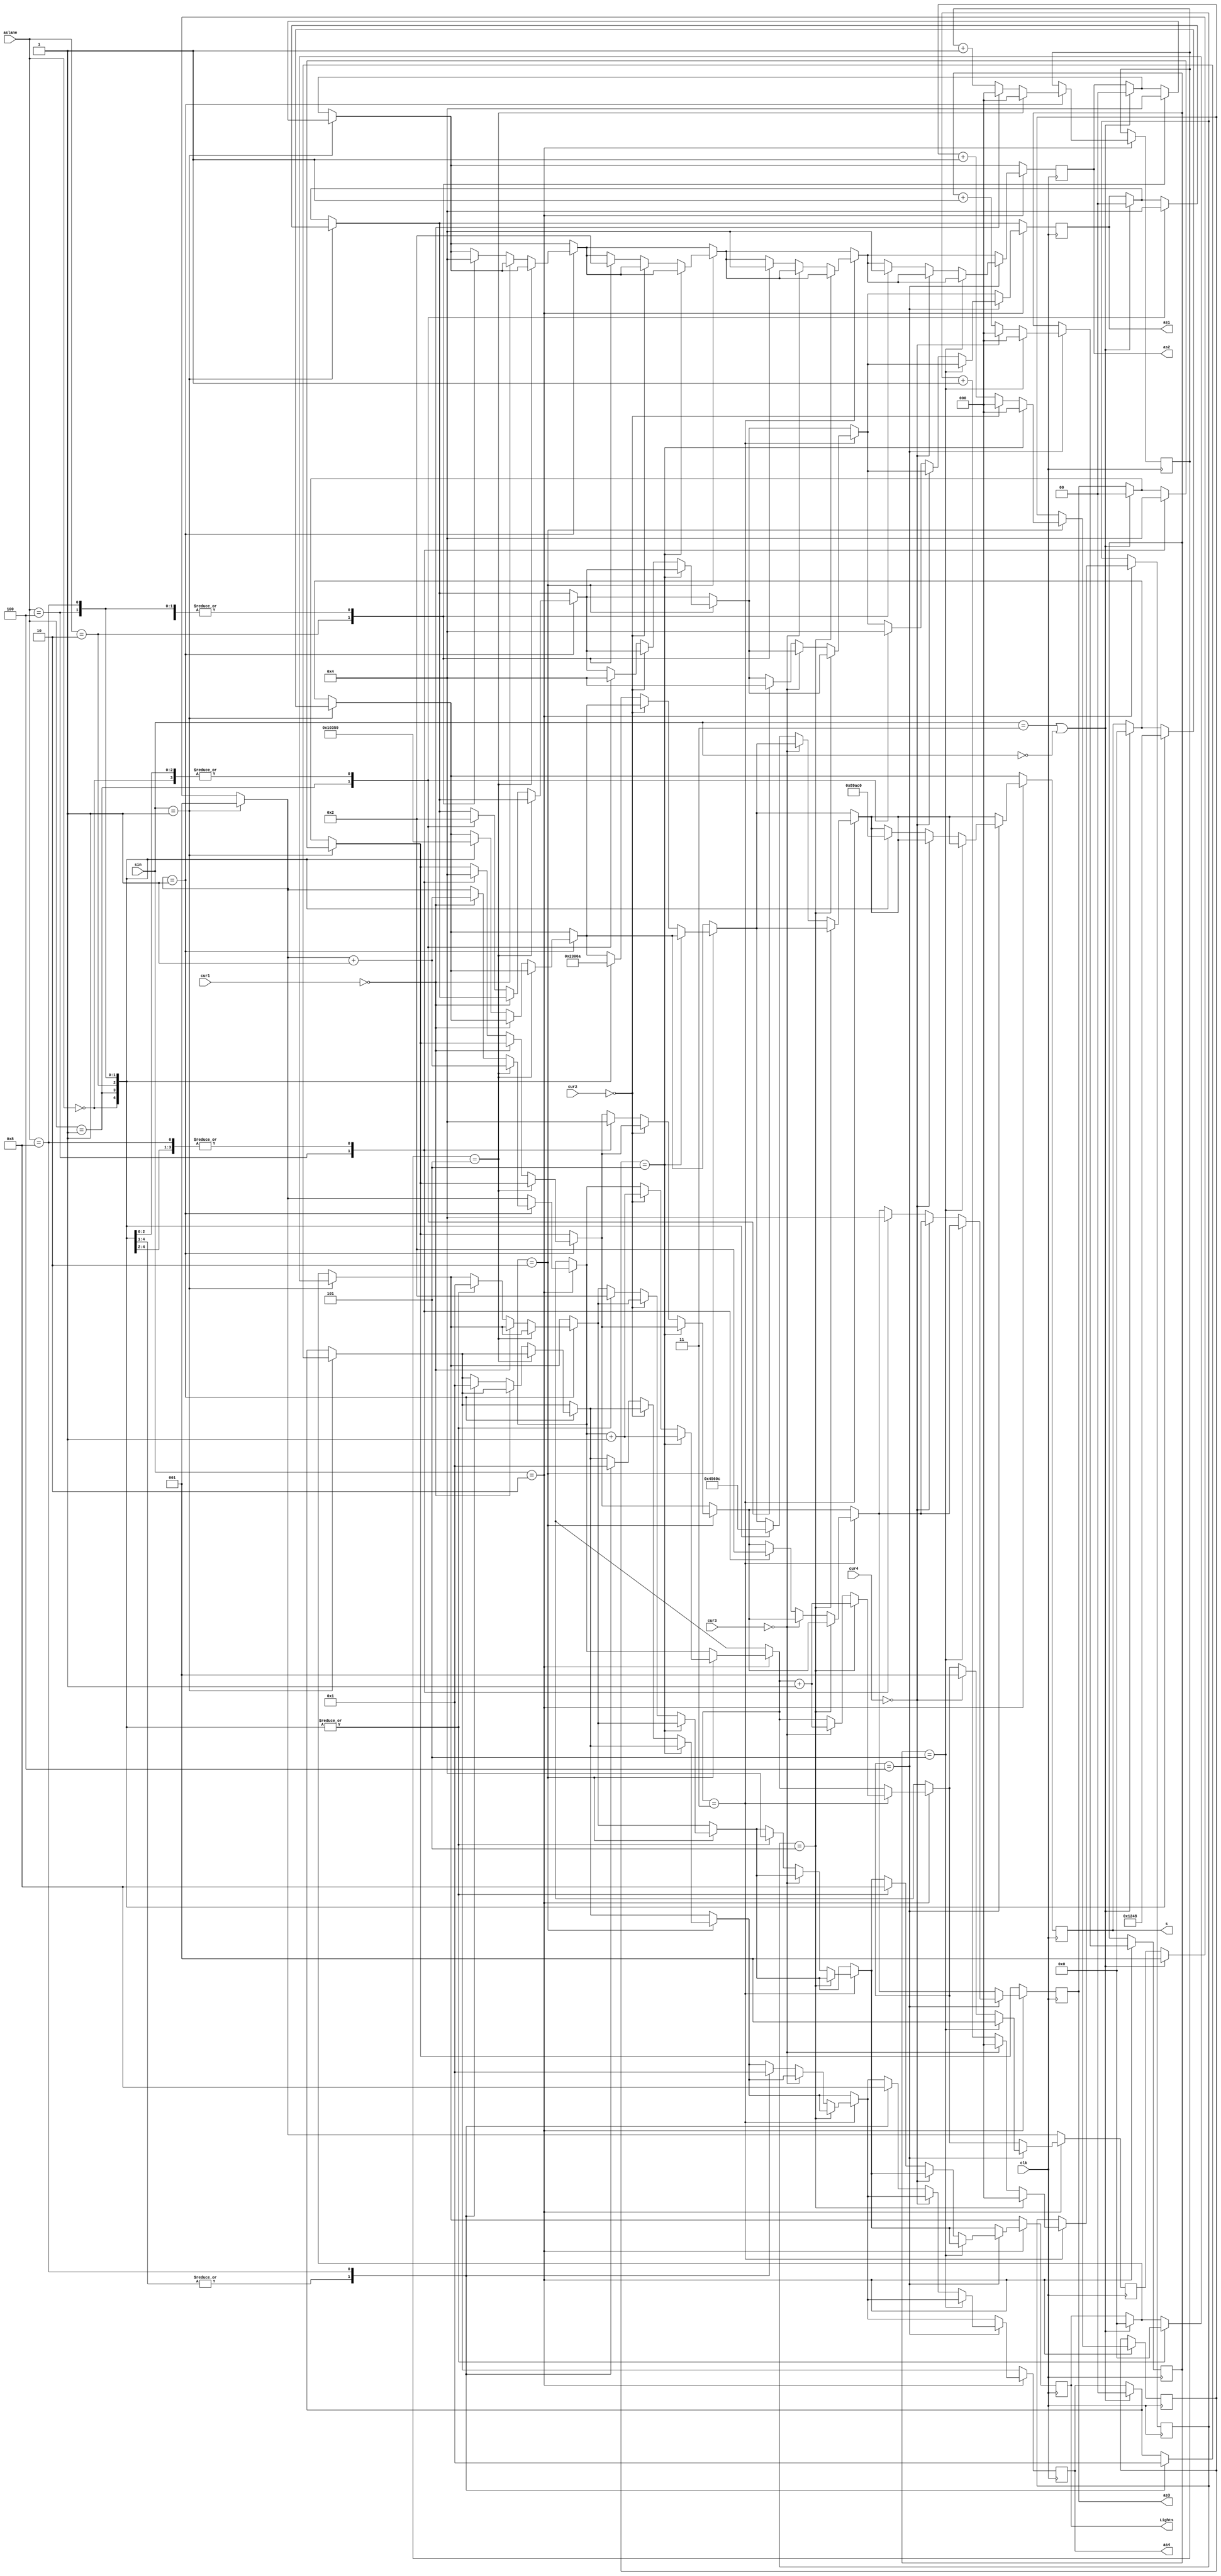
module AB(clk,aslane,s,as1,as2,as3,as4,cur1,cur2,cur3,cur4,Lights,sin);
	input[3:0] aslane,cur1,cur2,cur3,cur4;
	input[1:0] sin;
	input clk;
	output [3:0] s,Lights;
	output [1:0] as1,as2,as3,as4;
	reg [3:0] s,Lights;
	reg [1:0] as1,as2,as3,as4;
	reg [2:0] fl1,fl2,fl3,fl4,lane;
	
	
	always @(posedge clk)begin
		if(sin==2'b11 || sin==2'b00)begin
			{as1[1],as1[0],as2[1],as2[0],as3[1],as3[0],as4[1],as4[0],s[3],s[2],s[1],s[0],Lights[3],Lights[2],Lights[1],Lights[0]} = 16'b0000000000000000;
			lane=3'b001;
		end
		if(sin==2'b01)begin
				lane=3'b001;
				case({aslane})
					4'b0000: {as1[1],as1[0],as2[1],as2[0],as3[1],as3[0],as4[1],as4[0],s[3],s[2],s[1],s[0],Lights[3],Lights[2],Lights[1],Lights[0]} = 16'b0000000000000000;
					4'b0001: {as1[1],as1[0],as2[1],as2[0],as3[1],as3[0],as4[1],as4[0],s[3],s[2],s[1],s[0],Lights[3],Lights[2],Lights[1],Lights[0]} = 16'b0100000000010000;
					4'b0010: {as1[1],as1[0],as2[1],as2[0],as3[1],as3[0],as4[1],as4[0],s[3],s[2],s[1],s[0],Lights[3],Lights[2],Lights[1],Lights[0]} = 16'b0001000000100000;
					4'b0100: {as1[1],as1[0],as2[1],as2[0],as3[1],as3[0],as4[1],as4[0],s[3],s[2],s[1],s[0],Lights[3],Lights[2],Lights[1],Lights[0]} = 16'b0000010001000000;
					4'b1000: {as1[1],as1[0],as2[1],as2[0],as3[1],as3[0],as4[1],as4[0],s[3],s[2],s[1],s[0],Lights[3],Lights[2],Lights[1],Lights[0]} = 16'b0000000110000000;
			endcase
			end
		if(sin==2'b10)begin
					if(lane==3'b001)begin
						if(fl1==3'b101)begin
							lane=lane+1'b1;
							fl1=3'b000;
						end
						else begin
							if(cur1==4'b0000)begin
								lane=lane+1'b1;
								fl1=3'b000;
							end
							else begin
								case({aslane})
									4'b0000: {as1[1],as1[0],as2[1],as2[0],as3[1],as3[0],as4[1],as4[0],s[3],s[2],s[1],s[0],Lights[3],Lights[2],Lights[1],Lights[0]} = 16'b1000000000010001;
									4'b0001: {as1[1],as1[0],as2[1],as2[0],as3[1],as3[0],as4[1],as4[0],s[3],s[2],s[1],s[0],Lights[3],Lights[2],Lights[1],Lights[0]} = 16'b0000000000000001;
									4'b0010: {as1[1],as1[0],as2[1],as2[0],as3[1],as3[0],as4[1],as4[0],s[3],s[2],s[1],s[0],Lights[3],Lights[2],Lights[1],Lights[0]} = 16'b1001000000110001;
									4'b0100: {as1[1],as1[0],as2[1],as2[0],as3[1],as3[0],as4[1],as4[0],s[3],s[2],s[1],s[0],Lights[3],Lights[2],Lights[1],Lights[0]} = 16'b1000010001010001;
									4'b1000: {as1[1],as1[0],as2[1],as2[0],as3[1],as3[0],as4[1],as4[0],s[3],s[2],s[1],s[0],Lights[3],Lights[2],Lights[1],Lights[0]} = 16'b1000000110010001;
								endcase
								fl1=fl1+1'b1;
							end
						end
					end
					if(lane==3'b010)begin
						if(fl2==3'b101)begin
							lane=lane+1'b1;
							fl2=3'b000;
						end
						else begin
							if(cur2==4'b0000)begin
								lane=lane+1'b1;
								fl2=3'b000;
							end
							else begin
								case({aslane})
									4'b0000: {as1[1],as1[0],as2[1],as2[0],as3[1],as3[0],as4[1],as4[0],s[3],s[2],s[1],s[0],Lights[3],Lights[2],Lights[1],Lights[0]} = 16'b0010000000100010;
									4'b0001: {as1[1],as1[0],as2[1],as2[0],as3[1],as3[0],as4[1],as4[0],s[3],s[2],s[1],s[0],Lights[3],Lights[2],Lights[1],Lights[0]} = 16'b0110000000110010;
									4'b0010: {as1[1],as1[0],as2[1],as2[0],as3[1],as3[0],as4[1],as4[0],s[3],s[2],s[1],s[0],Lights[3],Lights[2],Lights[1],Lights[0]} = 16'b0000000000000010;
									4'b0100: {as1[1],as1[0],as2[1],as2[0],as3[1],as3[0],as4[1],as4[0],s[3],s[2],s[1],s[0],Lights[3],Lights[2],Lights[1],Lights[0]} = 16'b0010010001100010;
									4'b1000: {as1[1],as1[0],as2[1],as2[0],as3[1],as3[0],as4[1],as4[0],s[3],s[2],s[1],s[0],Lights[3],Lights[2],Lights[1],Lights[0]} = 16'b0010000110100010;
								endcase
								fl2=fl2+1'b1;
							end
						end
					end
					if(lane==3'b011)begin
						if(fl3==3'b101)begin
							lane=lane+1'b1;
							fl3=3'b000;
						end
						else begin 
							if(cur3==4'b0000)begin
								lane=lane+1'b1;
								fl3=3'b000;
							end
							else begin
								case({aslane})
									4'b0000: {as1[1],as1[0],as2[1],as2[0],as3[1],as3[0],as4[1],as4[0],s[3],s[2],s[1],s[0],Lights[3],Lights[2],Lights[1],Lights[0]} = 16'b0000100001000100;
									4'b0001: {as1[1],as1[0],as2[1],as2[0],as3[1],as3[0],as4[1],as4[0],s[3],s[2],s[1],s[0],Lights[3],Lights[2],Lights[1],Lights[0]} = 16'b0100100001010100;
									4'b0010: {as1[1],as1[0],as2[1],as2[0],as3[1],as3[0],as4[1],as4[0],s[3],s[2],s[1],s[0],Lights[3],Lights[2],Lights[1],Lights[0]} = 16'b0001100001100100;
									4'b0100: {as1[1],as1[0],as2[1],as2[0],as3[1],as3[0],as4[1],as4[0],s[3],s[2],s[1],s[0],Lights[3],Lights[2],Lights[1],Lights[0]} = 16'b0000000000000100;
									4'b1000: {as1[1],as1[0],as2[1],as2[0],as3[1],as3[0],as4[1],as4[0],s[3],s[2],s[1],s[0],Lights[3],Lights[2],Lights[1],Lights[0]} = 16'b0000100111000100;
								endcase
								fl3=fl3+1'b1;
							end
						end
					end
						if(lane==3'b100)begin
							if(fl4==3'b101)begin
								lane=3'b001;
								fl4=3'b000;
							end
							else begin
								if(cur4==4'b0000)begin
									lane=3'b001;
									fl4=3'b000;
								end
								else begin
									case({aslane})
										4'b0000: {as1[1],as1[0],as2[1],as2[0],as3[1],as3[0],as4[1],as4[0],s[3],s[2],s[1],s[0],Lights[3],Lights[2],Lights[1],Lights[0]} = 16'b0000001010001000;
										4'b0001: {as1[1],as1[0],as2[1],as2[0],as3[1],as3[0],as4[1],as4[0],s[3],s[2],s[1],s[0],Lights[3],Lights[2],Lights[1],Lights[0]} = 16'b0100001010011000;
										4'b0010: {as1[1],as1[0],as2[1],as2[0],as3[1],as3[0],as4[1],as4[0],s[3],s[2],s[1],s[0],Lights[3],Lights[2],Lights[1],Lights[0]} = 16'b0001001010101000;
										4'b0100: {as1[1],as1[0],as2[1],as2[0],as3[1],as3[0],as4[1],as4[0],s[3],s[2],s[1],s[0],Lights[3],Lights[2],Lights[1],Lights[0]} = 16'b0000011011001000;
										4'b1000: {as1[1],as1[0],as2[1],as2[0],as3[1],as3[0],as4[1],as4[0],s[3],s[2],s[1],s[0],Lights[3],Lights[2],Lights[1],Lights[0]} = 16'b0000000000001000;
									endcase
									fl4=fl4+1'b1;
								end
							end
						end
					end	
			end
endmodule